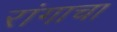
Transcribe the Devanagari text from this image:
रांगाचा